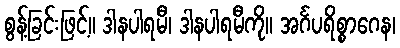
စွန့်ခြင်းဖြင့်။ ဒါနပါရမီ၊ ဒါနပါရမီကို။ အင်္ဂပရိစ္စာဂေန၊